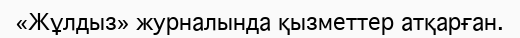
«Жұлдыз» журналында қызметтер атқарған.